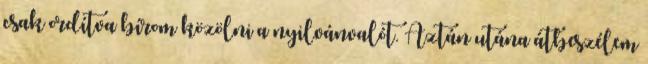
csak ordítva bírom közölni a nyilvánvalót. Aztán utána átbeszélem